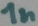
Text: 1n